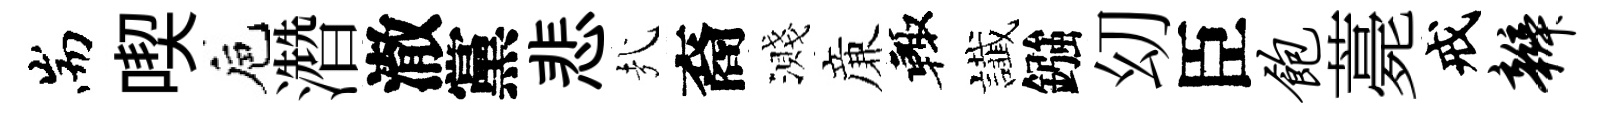
耑喫巵濳澈黨悲㢤裔濺亷輙䜟鏹㓜臣饱薧戒辫